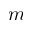
m